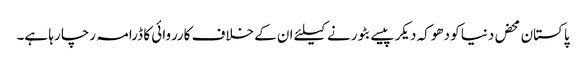
پاکستان محض دنیا کو دھوکہ دیکر پیسے بٹورنے کیلئے ان کے خلاف کارروائی کا ڈرامہ رچا رہا ہے۔